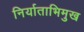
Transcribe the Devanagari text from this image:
निर्याताभिमुख